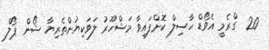
20  ގްރެމީ އެވޯޑް ހާސިލް ކޮށްފައިވާ މަޝްހޫރު ލަވަކިޔުންތެރިޔާ ޝޯން ޕޯލް